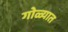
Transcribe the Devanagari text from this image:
गोळ्यात